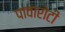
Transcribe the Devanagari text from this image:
पावारोटी